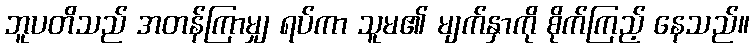
ဘူပတိသည် အတန်ကြာမျှ ရပ်ကာ သူမ၏ မျက်နှာကို စိုက်ကြည့် နေသည်။